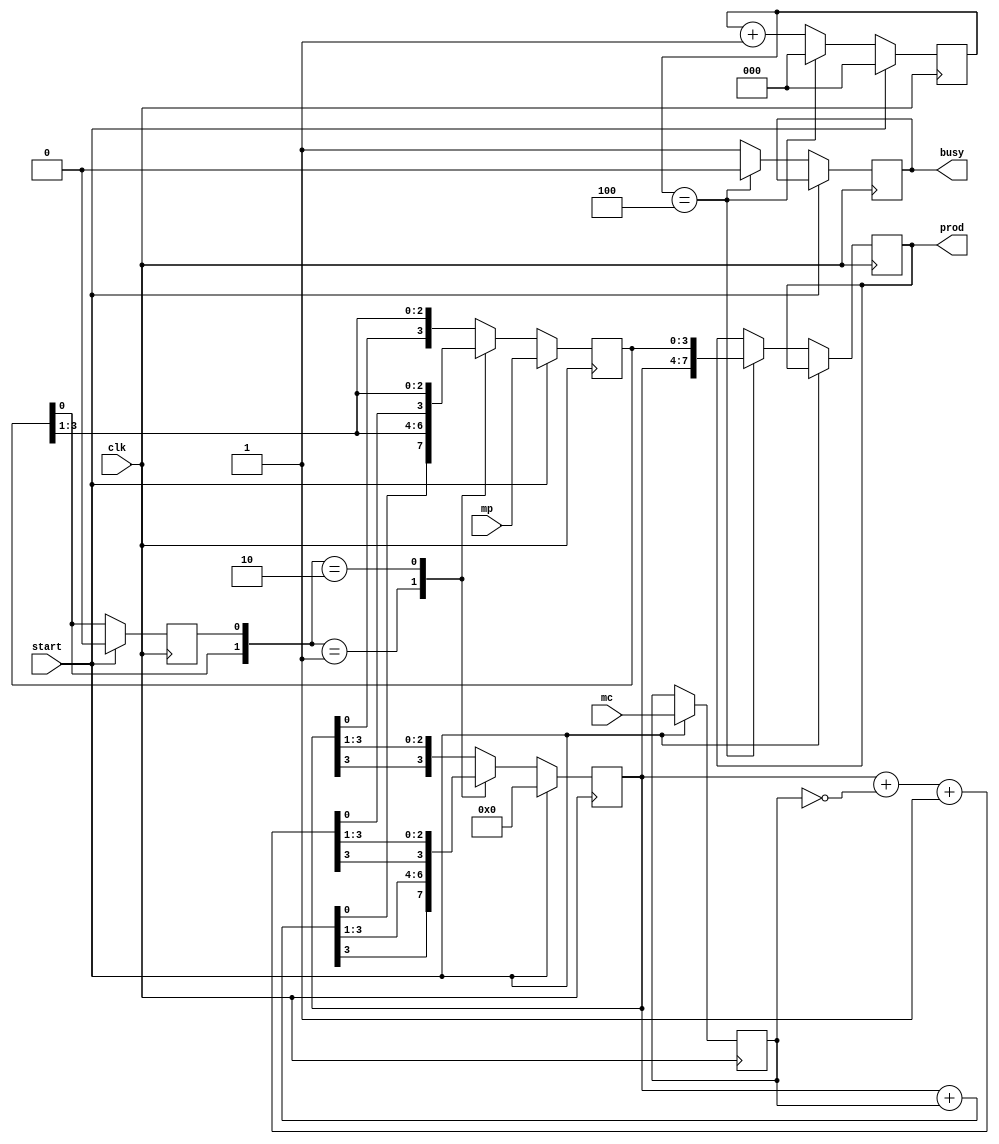
module boothMultiplier4Bit(output reg[7:0] prod, output reg busy, input[3:0] mc, input[3:0] mp, input clk, input start);

    reg [3:0] A, Q, M;
    reg Q_1;
    reg [2:0] count;
    wire [3:0] sum, difference;

    always @(posedge clk) begin
        if (start) begin
            A <= 0;
            M <= mc;
            Q <= mp;
            Q_1 <= 1'b0;
            count <= 0;
        end
        else begin
            busy <= 1'b1;
            case ({Q[0], Q_1})
                2'b0_1 : {A, Q, Q_1} <= {sum[3], sum, Q};
                2'b1_0 : {A, Q, Q_1} <= {difference[3], difference, Q};
                default: {A, Q, Q_1} <= {A[3], A, Q};
            endcase
            count <= count + 1'b1;
            if(count == 4) begin
                busy <= 1'b0;
                prod <= {A, Q};
                count <= 0;
            end
        end
    end

    assign sum = A + M;
    assign difference = A + ~M + 1'b1;
endmodule